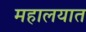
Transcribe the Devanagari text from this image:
महालयात